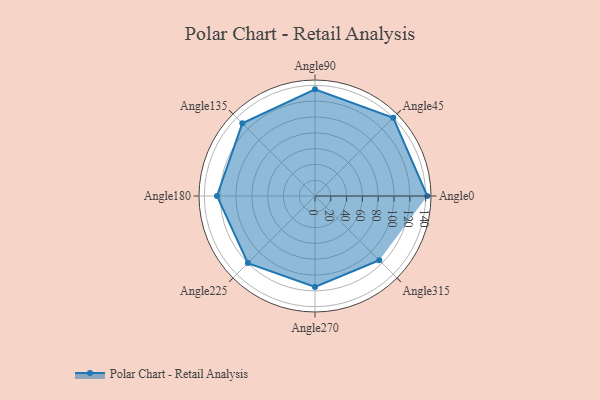
{"axis": {"x": "Angle", "y": "Radius"}, "legend": [""], "data": [{"x": "Angle0", "y": 142.0, "type": ""}, {"x": "Angle45", "y": 140.0, "type": ""}, {"x": "Angle90", "y": 135.0, "type": ""}, {"x": "Angle135", "y": 130.0, "type": ""}, {"x": "Angle180", "y": 124.0, "type": ""}, {"x": "Angle225", "y": 120.0, "type": ""}, {"x": "Angle270", "y": 115.0, "type": ""}, {"x": "Angle315", "y": 115.0, "type": ""}]}